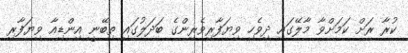
ކުރާ ރަށް ކަމަށްވާ މާލޭގައި ދިވެހި ވިޔަފާރިވެރިންގެ ބަދަލުގައި ތިބޭނީ އިންޑިއާ ވިޔަފާރި